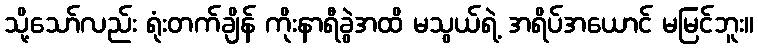
သို့သော်လည်း ရုံးတက်ချိန် ကိုးနာရီခွဲအထိ မသွယ်ရဲ့ အရိပ်အယောင် မမြင်ဘူး။